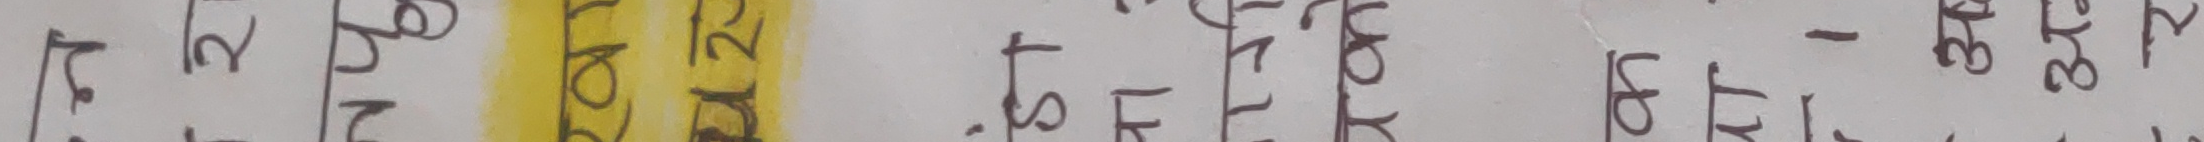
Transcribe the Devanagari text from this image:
२०७० को चिनारीपत्र